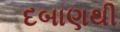
દબાણથી